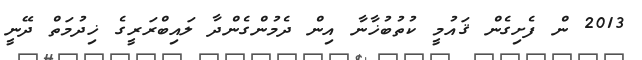
2013 ން ފެށިގެން ޤައުމީ ކުތުބުޚާނާ އިން ދެމުންގެންދާ ލައިބްރަރީގެ ޚިދުމަތް ދޭނީ